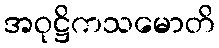
အဝုဋ္ဌိကသမောတိ